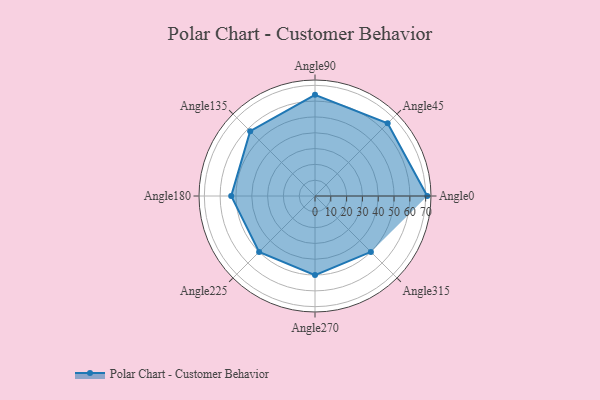
{"axis": {"x": "Angle", "y": "Radius"}, "legend": [""], "data": [{"x": "Angle0", "y": 71.0, "type": ""}, {"x": "Angle45", "y": 65.0, "type": ""}, {"x": "Angle90", "y": 64.0, "type": ""}, {"x": "Angle135", "y": 58.0, "type": ""}, {"x": "Angle180", "y": 53.0, "type": ""}, {"x": "Angle225", "y": 50, "type": ""}, {"x": "Angle270", "y": 50, "type": ""}, {"x": "Angle315", "y": 50, "type": ""}]}